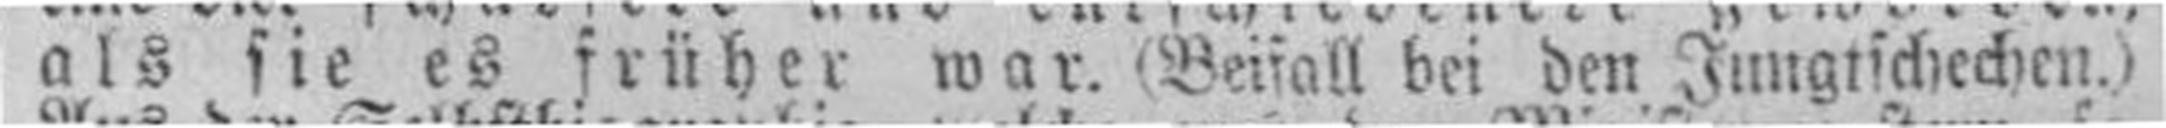
als sie es früher war. (Beifall bei den Jungtschechen.)